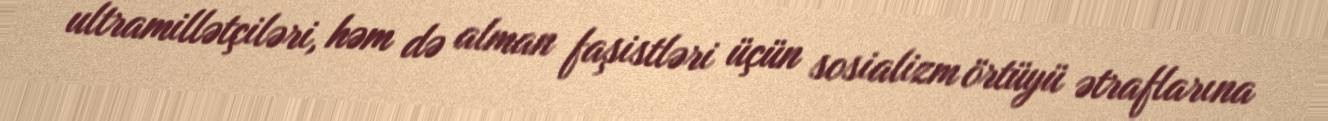
ultramillətçiləri, həm də alman faşistləri üçün sosializm örtüyü ətraflarına